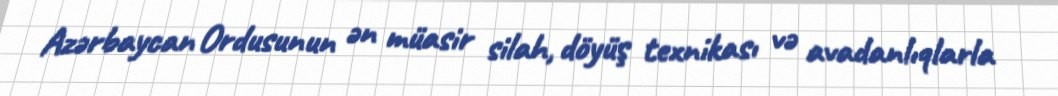
Azərbaycan Ordusunun ən müasir silah, döyüş texnikası və avadanlıqlarla